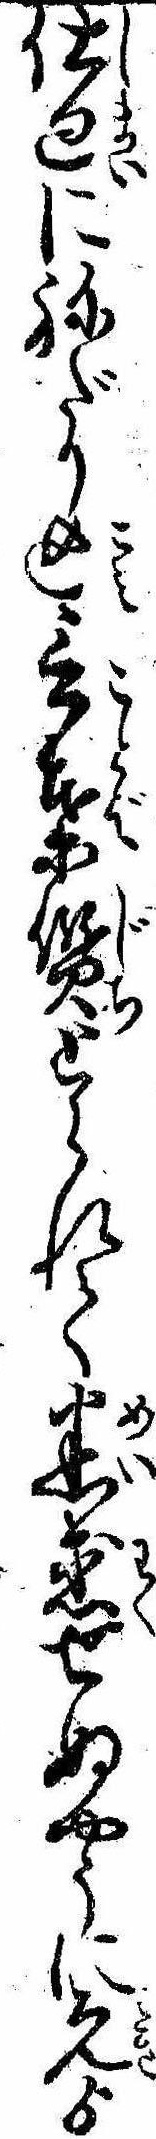
仕廻にねだり込言葉質とられて迷惑せぬやうに先ゟ